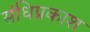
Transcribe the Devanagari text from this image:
संधिप्रकाश